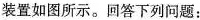
装置如图所示。回答下列问题：